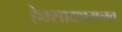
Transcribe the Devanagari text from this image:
हेक्सादशमलव